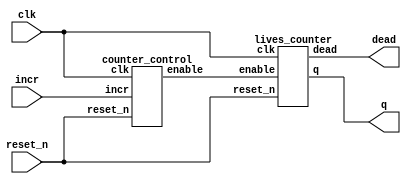
module user_lives(
	input reset_n,
	input incr,
	input clk, 
	output [1:0]q,
	output dead);
	
	wire enable;
	
	counter_control c1(reset_n, incr, clk, enable);
	lives_counter c2(enable, reset_n, clk,q,dead);

endmodule 


module user_point(
	input reset_n,
	input incr,
	input clk, 
	output [7:0]q);
	wire enable;
	counter_control c1(reset_n, incr, clk, enable);
	point_counter c2(enable, reset_n, clk,q);

endmodule 


module counter_control(
	input reset_n,
	input incr,
	input clk,
	output reg enable
	);
	
	
	localparam ONHOLD = 3'b000,
				  ENABLE = 3'b001,
				  REST = 3'b010;
				
	reg [2:0] CURRENT_STATE, NEXT_STATE;
	
	always@(*)
	begin
		case(CURRENT_STATE)
		ONHOLD: NEXT_STATE = (incr)? ENABLE: ONHOLD;
		ENABLE: NEXT_STATE = (incr)? ENABLE: REST;
		REST: NEXT_STATE = ONHOLD; // enable in rest;
		endcase
	end
	
	always@(posedge clk)
	begin
		enable <= 0;
		case (CURRENT_STATE)
		REST: enable <=1'b1;
		endcase
	end
	
	always@(posedge clk)
	begin
		if (!reset_n)
		CURRENT_STATE <= ONHOLD;
		else 
		CURRENT_STATE <= NEXT_STATE;
	end

endmodule


module lives_counter(
	input enable, 
	input reset_n, 
	input clk,
	output reg [1:0]q,
	output reg dead);

	
	always@(posedge clk)
	begin
	if (!reset_n)
		begin
		q <= 2'b11;
		dead <=0;
		end
	else if (enable)
			begin
			 if (q)
			 begin
				q <= q - 1'b1;
				if (q == 2'b10)
					dead <= 1;
			 end

			end
		
	end
	


endmodule

module point_counter(
	input enable, 
	input reset_n, 
	input clk,
	output reg [7:0] q);

	
	always@(posedge clk)
	begin
	if (!reset_n)
		q <= 0;
	else if (enable)
				q <= q + 1'b1;	
	end

endmodule
	
//module hex_decoder(hex_digit, segments);
//    input [3:0] hex_digit;
//    output reg [6:0] segments;
//   
//    always @(*)
//        case (hex_digit)
//            4'h0: segments = 7'b100_0000;
//            4'h1: segments = 7'b111_1001;
//            4'h2: segments = 7'b010_0100;
//            4'h3: segments = 7'b011_0000;
//            4'h4: segments = 7'b001_1001;
//            4'h5: segments = 7'b001_0010;
//            4'h6: segments = 7'b000_0010;
//            4'h7: segments = 7'b111_1000;
//            4'h8: segments = 7'b000_0000;
//            4'h9: segments = 7'b001_1000;
//            4'hA: segments = 7'b000_1000;
//            4'hB: segments = 7'b000_0011;
//            4'hC: segments = 7'b100_0110;
//            4'hD: segments = 7'b010_0001;
//            4'hE: segments = 7'b000_0110;
//            4'hF: segments = 7'b000_1110;   
//            default: segments = 7'h7f;
//        endcase
//endmodule